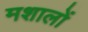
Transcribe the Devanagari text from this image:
मशालों